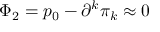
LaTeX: \Phi _ { 2 } = p _ { 0 } - \partial ^ { k } \pi _ { k } \approx 0